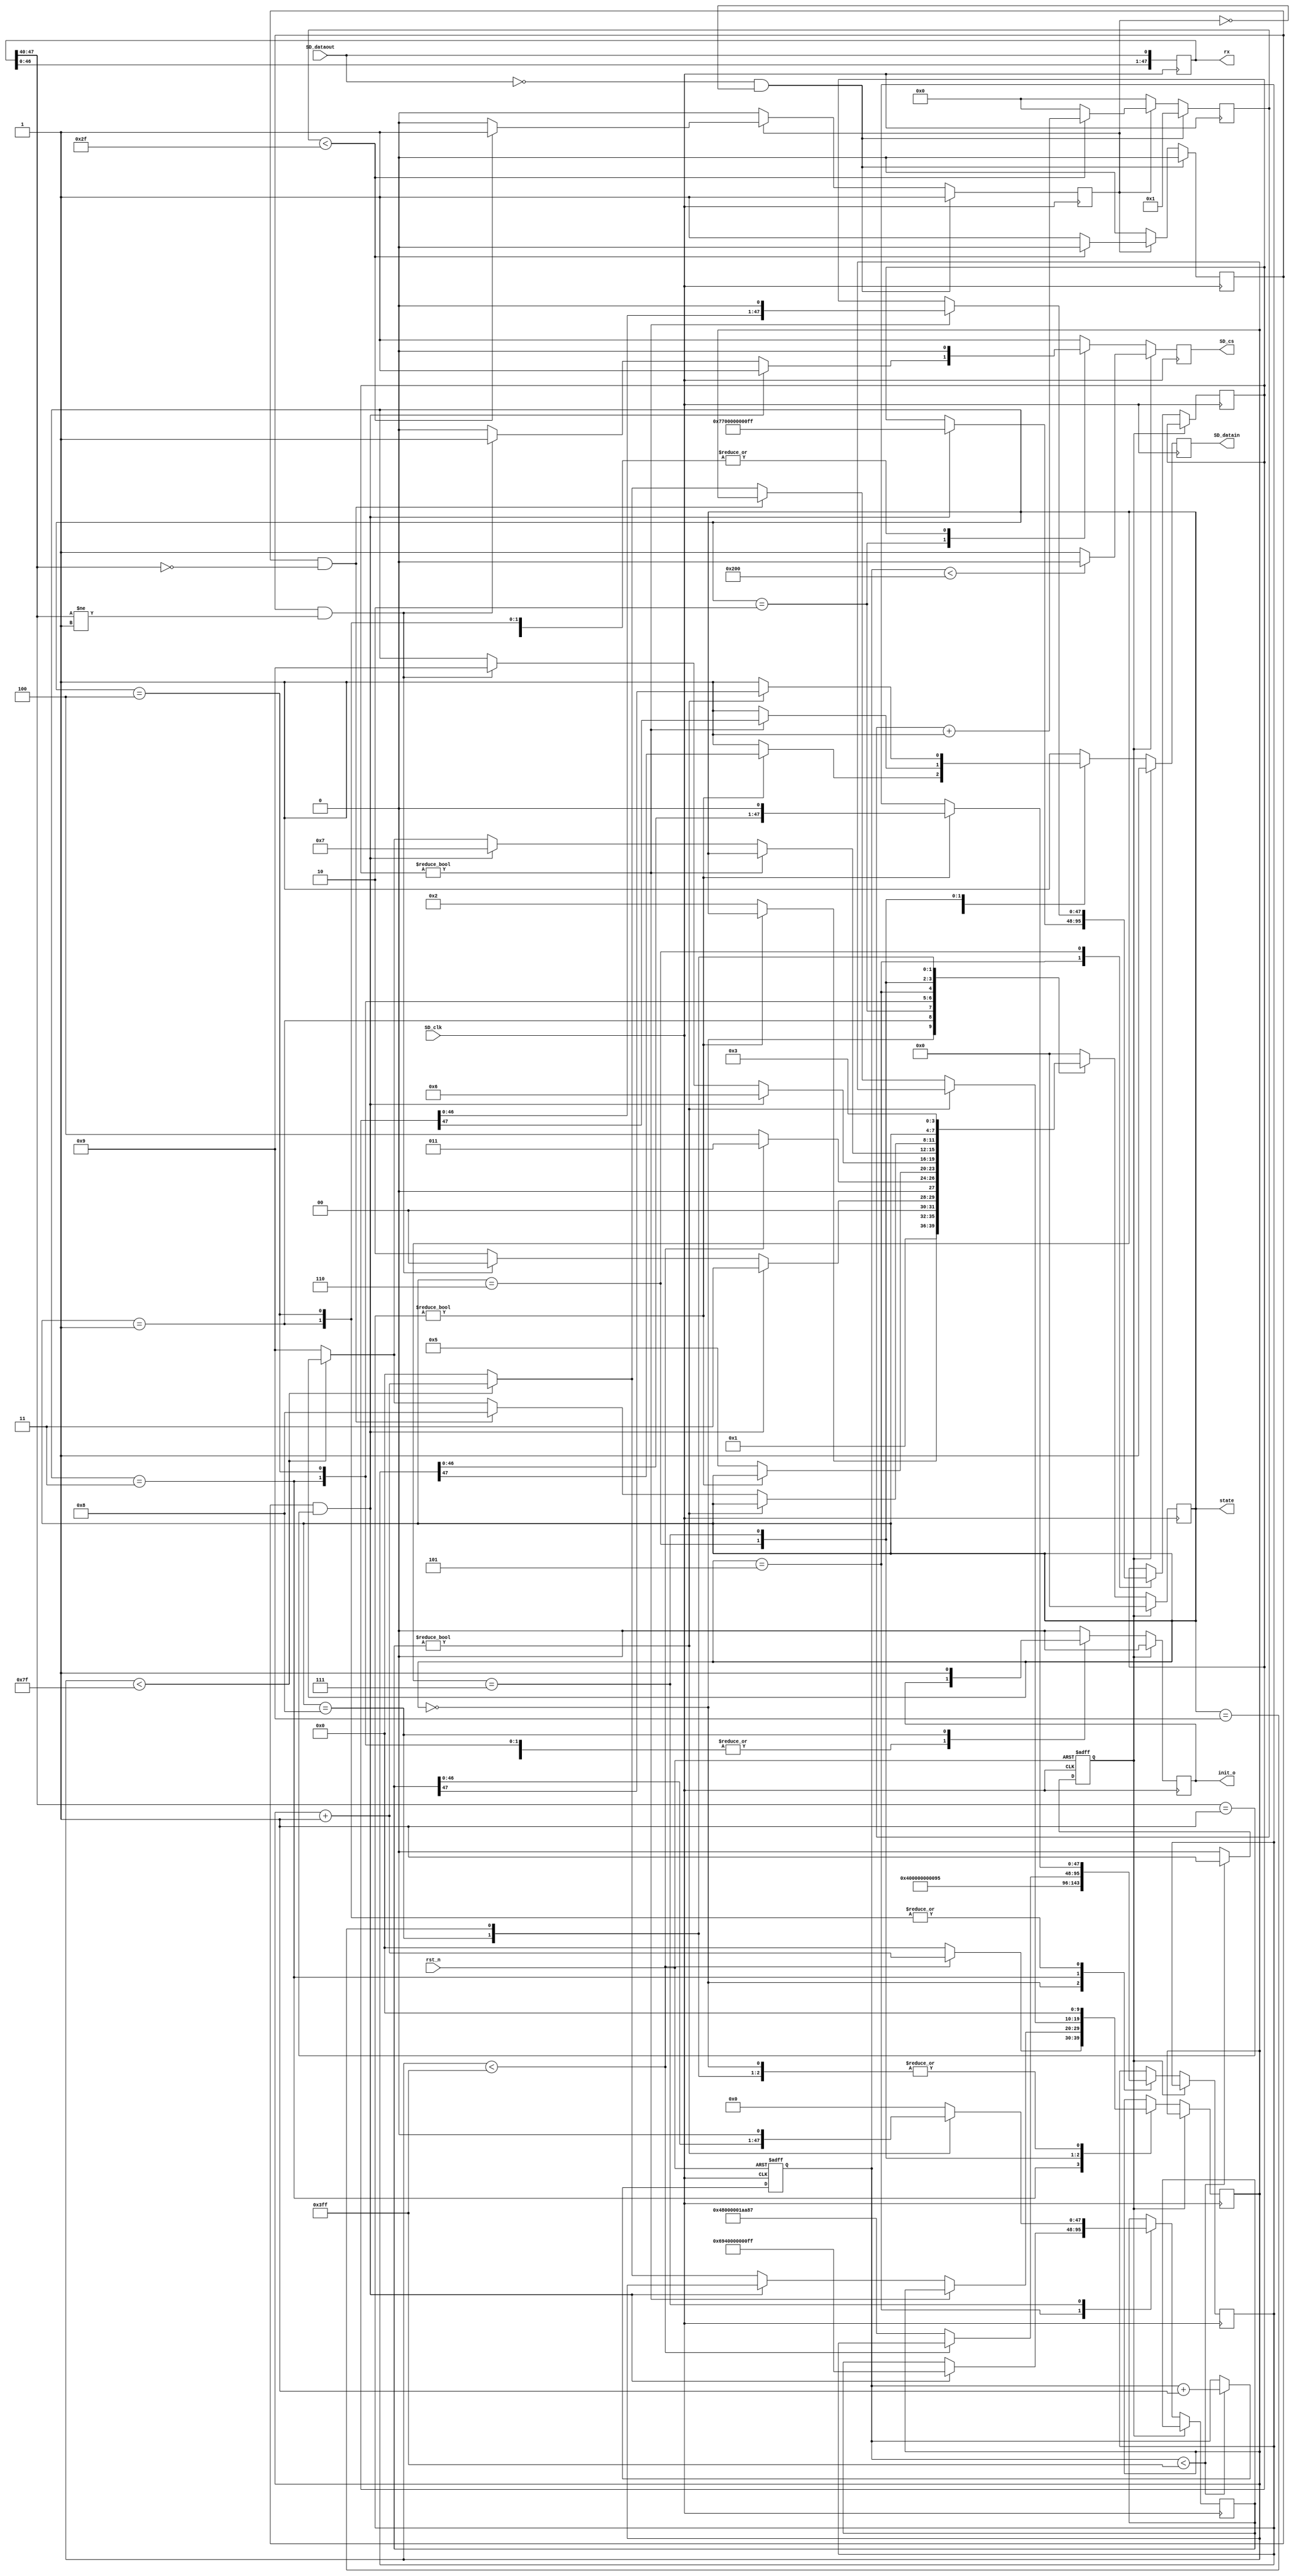
`timescale 1ns / 1ps
//////////////////////////////////////////////////////////////////////////////////
// Company: 
// Engineer: 
// 
// Design Name: 
// Module Name: SD_init
// Project Name: 
// Target Devices: 
// Tool Versions: 
// Description: 
// 
// Dependencies: 
// 
// Revision:
// Revision 0.01 - File Created
// Additional Comments:
// 
//////////////////////////////////////////////////////////////////////////////////


module SD_init(


    input rst_n, 
    input SD_clk, 
    output reg SD_cs, 
    output reg SD_datain, 
    input SD_dataout,
    output reg [47:0] rx,  
    output reg init_o, 
    output reg [3:0] state
    );  
    
    
reg [47:0] CMD;

reg [47:0] CMD0={8'h40,8'h00,8'h00,8'h00,8'h00,8'h95};   
reg [47:0] CMD8={8'h48,8'h00,8'h00,8'h01,8'haa,8'h87};  
reg [47:0] CMD55={8'h77,8'h00,8'h00,8'h00,8'h00,8'hff};   
reg [47:0] ACMD41={8'h69,8'h40,8'h00,8'h00,8'h00,8'hff}; 

reg [9:0] counter=10'd0; 
reg reset=1'b1; 
 
parameter idle=4'b0000;             
parameter send_cmd0=4'b0001;      
parameter wait_01=4'b0010;           
parameter waitb=4'b0011;             
parameter send_cmd8=4'b0100;      
parameter waita=4'b0101;           
parameter send_cmd55=4'b0110;       
parameter send_acmd41=4'b0111;       
parameter init_done=4'b1000;        
parameter init_fail=4'b1001;        
 
reg [9:0] cnt; 
reg [5:0]aa; 
reg rx_valid; 
reg en; 


always @(posedge SD_clk) 
begin 
    rx [47:1] = rx [46:0];
    rx[0] = SD_dataout;    
end


always @(posedge SD_clk) 
begin 
    if (!SD_dataout && !en) 
    begin 
        rx_valid<= 1'b0;
        aa <= 1;
        en <= 1'b1; 
    end 
    else if (en) 
    begin 
        if (aa < 47) 
        begin 
            aa <= aa + 1'b1;
            rx_valid <= 1'b0;
        end 
        else 
        begin
            aa <= 0;
            en <= 1'b0;
            rx_valid <= 1'b1; 
        end 
    end 
    else 
    begin 
        en <= 1'b0;
        aa <= 0;
        rx_valid <= 1'b0;
    end
end


always @(negedge SD_clk or posedge rst_n) 
begin 
    if (rst_n) 
    begin 
        counter <= 0;
        reset <= 1'b1;
    end 
    else 
    begin 
        if (counter < 10'd1023) 
        begin 
            counter <= counter + 1'b1;
            reset <= 1'b1;
        end 
        else 
        begin 
            reset <= 1'b0;
        end 
    end 
end


always @(negedge SD_clk) 
begin 
    if (reset == 1'b1) 
    begin 
        if (counter < 512) 
        begin 
            SD_cs <= 1'b0; 
            SD_datain <= 1'b1;
            init_o <= 1'b0;
            state <= idle;
        end 
        else 
        begin 
            SD_cs <= 1'b1; 
            SD_datain <= 1'b1;
            init_o <= 1'b0;
            state <= idle;
        end 
    end 
    else 
    begin 
        case (state)

        idle : 
        begin 
            init_o <= 1'b0;
            CMD <= CMD0; 
            SD_cs <= 1'b1;
            SD_datain <= 1'b1;
            state <= send_cmd0;
            cnt <= 0;
        end 
        
        send_cmd0 : 
        begin 
            if (CMD != 48'd0) 
            begin 
                SD_cs = 1'b0;
                SD_datain = CMD[47]; 
                CMD = {CMD [46:0], 1'b0};
            end 
            else 
            begin 
                SD_cs <= 1'b0;
                SD_datain <= 1'b1;
                state <= wait_01;
            end 
        end 
        
        wait_01 : 
        begin 
            if (rx_valid && rx [47:40] == 8'h1) 
            begin 
                SD_cs <= 1'b1;
                SD_datain <= 1'b1;
                state <= waitb;
            end 
            else if (rx_valid && rx [47:40] != 8'h1) 
            begin 
                SD_cs <= 1'b1;
                SD_datain <= 1'b1;
                state <= idle;
            end 
            else 
            begin 
                SD_cs <= 1'b0;
                SD_datain <= 1'b1;
                state <= wait_01;
            end 
        end 
        
        waitb : 
        begin 
            if (cnt < 10'd1023) 
            begin 
                SD_cs <= 1'b1;
                SD_datain <= 1'b1;
                state <= waitb;
                cnt <= cnt + 1'b1;
            end 
            else 
            begin 
                SD_cs <= 1'b1;
                SD_datain <= 1'b1;
                CMD8={8'h48,8'h00,8'h00,8'h01,8'haa,8'h87};
                CMD = CMD8; 
                cnt <= 0;
                state <= send_cmd8;
            end 
        end 
        
        send_cmd8 : 
        begin 
            if (CMD != 48'd0) 
            begin 
                SD_cs <= 1'b0;
                SD_datain = CMD[47];
                CMD = {CMD [46:0], 1'b0};
            end 
            else 
            begin 
                SD_cs <= 1'b0;
                SD_datain <= 1'b1;
                state <= waita;
            end 
        end 
         
        waita : 
        begin 
            SD_cs <= 1'b0;
            SD_datain <= 1'b1;
            if (rx_valid && rx [47:40] == 8'b0001)
            begin 
                state <= send_cmd55;
                CMD55 <= {8'h77, 8'h00, 8'h00, 8'h00, 8'h00, 8'hff};  
                ACMD41 <= {8'h69, 8'h40, 8'h00, 8'h00, 8'h00, 8'hff}; 
            end 
            else if (rx_valid && rx [47:40] != 8'b0001) 
            begin 
                state <= init_fail;
            end 
        end 
        
        send_cmd55 : 
        begin 
            if (CMD55 != 48'd0) 
            begin  
                SD_cs <= 1'b0;                
                SD_datain = CMD55[47];
                CMD55 = {CMD55 [46:0], 1'b0};
                end else begin 
                SD_cs <= 1'b0;
                SD_datain <= 1'b1;
                if (rx_valid && rx [47:40] == 8'h01) 
                    state <= send_acmd41;
                else
                begin 
                    if (cnt < 10'd127) 
                        cnt <= cnt + 1'b1;
                    else 
                    begin 
                        cnt <= 10'd0;
                        state <= init_fail;
                    end 
                end 
            end 
        end 

        send_acmd41 : 
        begin 
            if (ACMD41 != 48'd0) 
            begin 
                SD_cs <= 1'b0;
                SD_datain = ACMD41[47];
                ACMD41 = {ACMD41 [46:0], 1'b0};
            end else begin 
                SD_cs <= 1'b0;
                SD_datain <= 1'b1;
                ACMD41 <= 48'd0;
                if (rx_valid && rx [47:40] == 8'h00) 
                    state <= init_done;
                else
                begin 
                    if (cnt < 10'd127) 
                        cnt <= cnt + 1'b1;
                    else 
                    begin 
                        cnt <= 10'd0;
                        state <= init_fail;
                    end 
                end 
            end 
        end 
        
        init_done : 
        begin 
            init_o <= 1'b1;
            SD_cs <= 1'b1;
            SD_datain <= 1'b1;
            cnt <= 0;
        end 
            
        init_fail : 
        begin 
            init_o <= 1'b0;
            SD_cs <= 1'b1;
            SD_datain <= 1'b1;
            cnt <= 0;
            state <= waitb;
        end 
        
        default : 
        begin 
            state <= idle;
            SD_cs <= 1'b1;
            SD_datain <= 1'b1;
            init_o <= 1'b0;
        end   
    endcase 
    end 
end 
endmodule